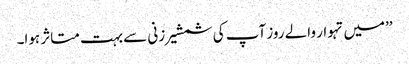
’’میں تہوار والے روز آپ کی شمشیر زنی سے بہت متاثر ہوا۔